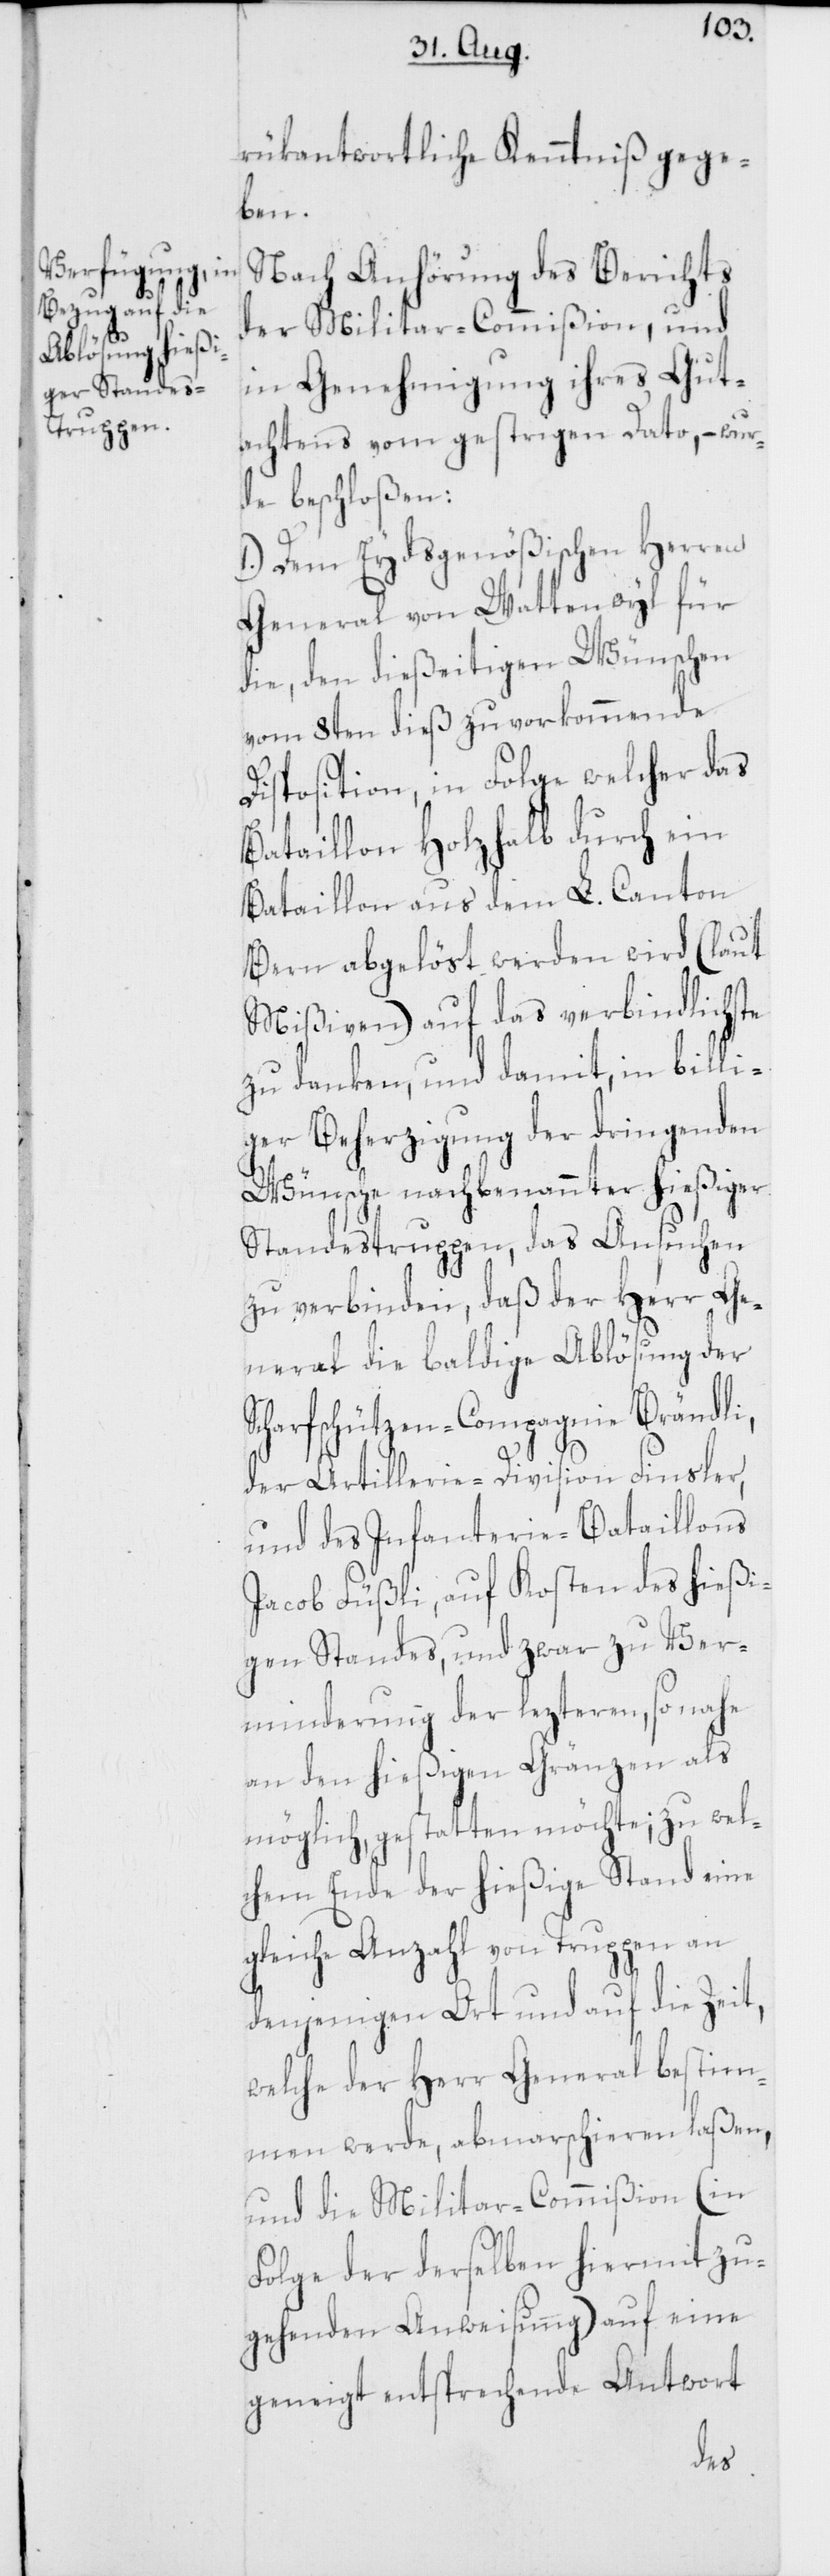
rükantwortliche Kenntniß gege¬
ben.
Nach Anhörung des Berichts
der Militar-Commißion, und
in Genehmigung ihres Gut¬
achtens vom gestrigen Dato, – wur¬
de beschloßen:
1.) Dem Eydsgenößischen Herren
General von Wattenwyl für
die, den dießeitigen Wünschen
vom 8ten dieß zuvorkommende
Disposition, in Folge welcher das
Bataillon Holzhalb durch ein
Bataillon aus dem L. Canton
Bern abgelöst werden wird (laut
Mißiven) auf das verbindlichste
zu danken, und damit, in billi¬
ger Beherzigung der dringenden
Wünsche nachbenannter hießiger
Standestruppen, das Ansuchen
zu verbinden, daß der Herr Ge¬
neral die baldige Ablösung der
Scharfschützen-Compagnie Brändli,
der Artillerie-Division Finsler,
und des Infanterie-Bataillons
Jacob Füßli, auf Kosten des hießi¬
gen Standes, und zwar zu Ver¬
minderung der lezteren, so nahe
an den hießigen Gränzen als
möglich, gestatten möchte; zu wel¬
chem Ende der hießige Stand eine
gleiche Anzahl von Truppen an
denjenigen Ort und auf die Zeit,
welche der Herr General bestim¬
men werde, abmarschieren laßen,
und die Militar-Commißion (in
Folge derselben hiermit zu¬
gehenden Anweisung) auf eine
geneigt entsprechende Antwort